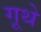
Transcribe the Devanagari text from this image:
गूथे